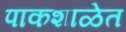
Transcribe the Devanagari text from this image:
पाकशाळेत